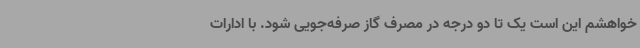
خواهشم این است یک تا دو درجه در مصرف گاز صرفه‌جویی شود. با ادارات